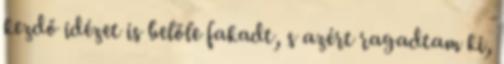
kezdő idézet is belőle fakadt, s azért ragadtam ki,